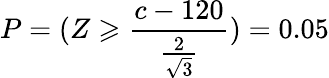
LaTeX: P=(Z\geqslant{\frac{c-120}{\frac{2}{\sqrt{3}}}})=0.05